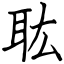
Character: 耾